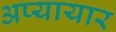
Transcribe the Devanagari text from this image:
अप्यायार